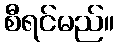
စီရင်မည်။